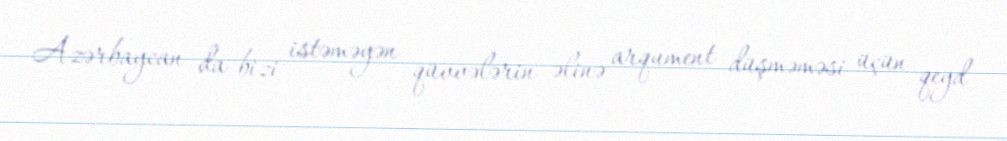
Azərbaycan da bizi istəməyən qüvvələrin əlinə arqument düşməməsi üçün qeyd